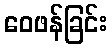
ဝေဖန်ခြင်း